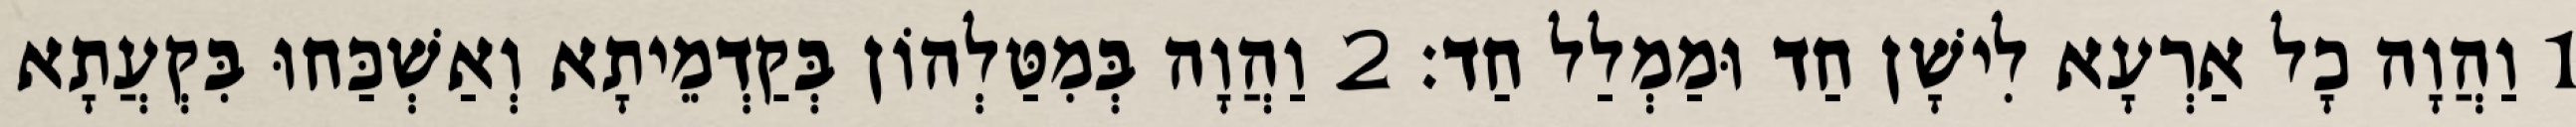
1 וַהֲוָה כָל אַרְעָא לִישָׁן חַד וּמַמְלַל חַד׃ 2 וַהֲוָה בְּמִטַּלְהוֹן בְּקַדְמֵיתָא וְאַשְׁכַּחוּ בִּקְעֲתָא